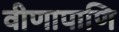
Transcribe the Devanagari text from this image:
वीणापाणि